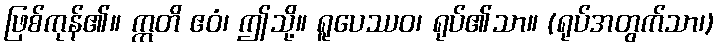
ဖြစ်ကုန်၏။ ဣတိ ဧဝံ၊ ဤသို့။ ရူပေဿဝ၊ ရုပ်၏သာ။ (ရုပ်အတွက်သာ၊)